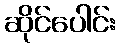
ဆိုင်ပေါင်း